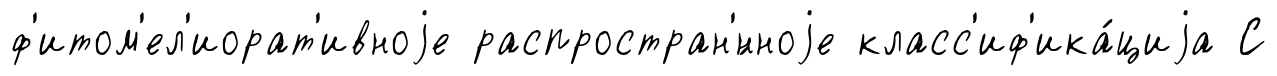
ф'итом'ел'иорат'ивноjе распростран'́нноjе класс'иф'ика́циjа С